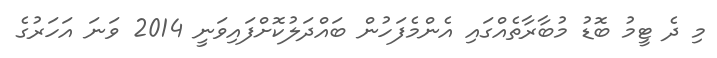
މި ދެ ޓީމު ބޮޑު މުބާރާތެއްގައި އެންމެފަހުން ބައްދަލުކޮށްފައިވަނީ 2014 ވަނަ އަހަރުގެ